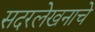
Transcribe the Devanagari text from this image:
सदरलेखनाचे